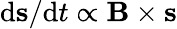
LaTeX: \mathrm{d}{\mathbf s}/\mathrm{d}t\propto{\mathbf B}\times{\mathbf s}